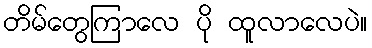
တိမ်တွေကြာလေ ပို ထူလာလေပဲ။